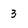
Character: 3